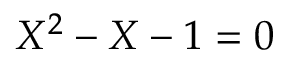
X ^ { 2 } - X - 1 = 0